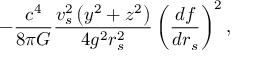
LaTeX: - { \frac { c ^ { 4 } } { 8 \pi G } } { \frac { v _ { s } ^ { 2 } \left( y ^ { 2 } + z ^ { 2 } \right) } { 4 g ^ { 2 } r _ { s } ^ { 2 } } } \left( { \frac { d f } { d r _ { s } } } \right) ^ { 2 } ,